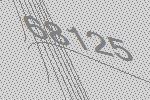
68125